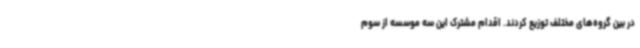
در بین گروه‌های مختلف توزیع کردند. اقدام مشترک این سه موسسه از سوم